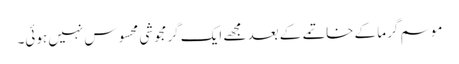
موسم گرما کے خاتمے کے بعد مجھے ایک گرمجوشی محسوس نہیں ہوئی۔